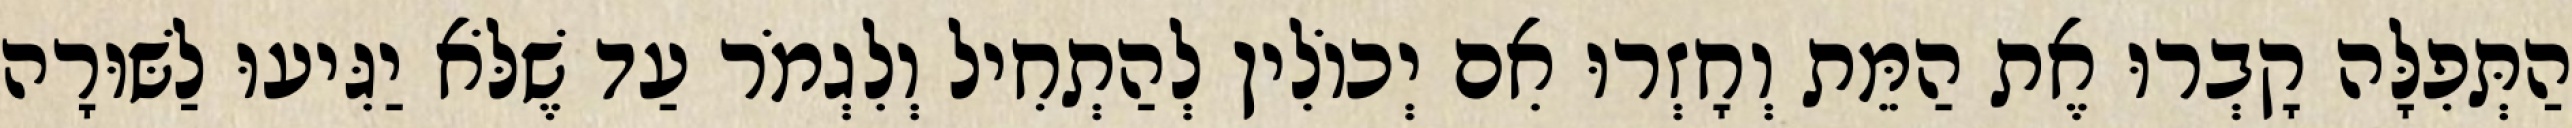
הַתְּפִלָּה קָבְרוּ אֶת הַמֵּת וְחָזְרוּ אִם יְכוֹלִין לְהַתְחִיל וְלִגְמֹר עַד שֶׁלֹּא יַגִּיעוּ לַשּׁוּרָה